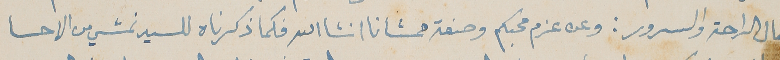
بكمال الراحة والسرور: وعن عزم محبكم وصفة ممشانا انشالله فكما ذكرناه للسيد نمشي من الاحسا